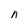
Character: n